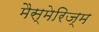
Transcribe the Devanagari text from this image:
मैस्मेरिज्म